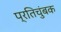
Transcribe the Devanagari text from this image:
प्रतिचुंबक